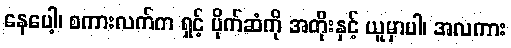
နေပေါ့၊ စကားလက်က ရှင့် ပိုက်ဆံကို အတိုးနှင့် ယူမှာပါ၊ အလကား